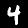
Digit: 4